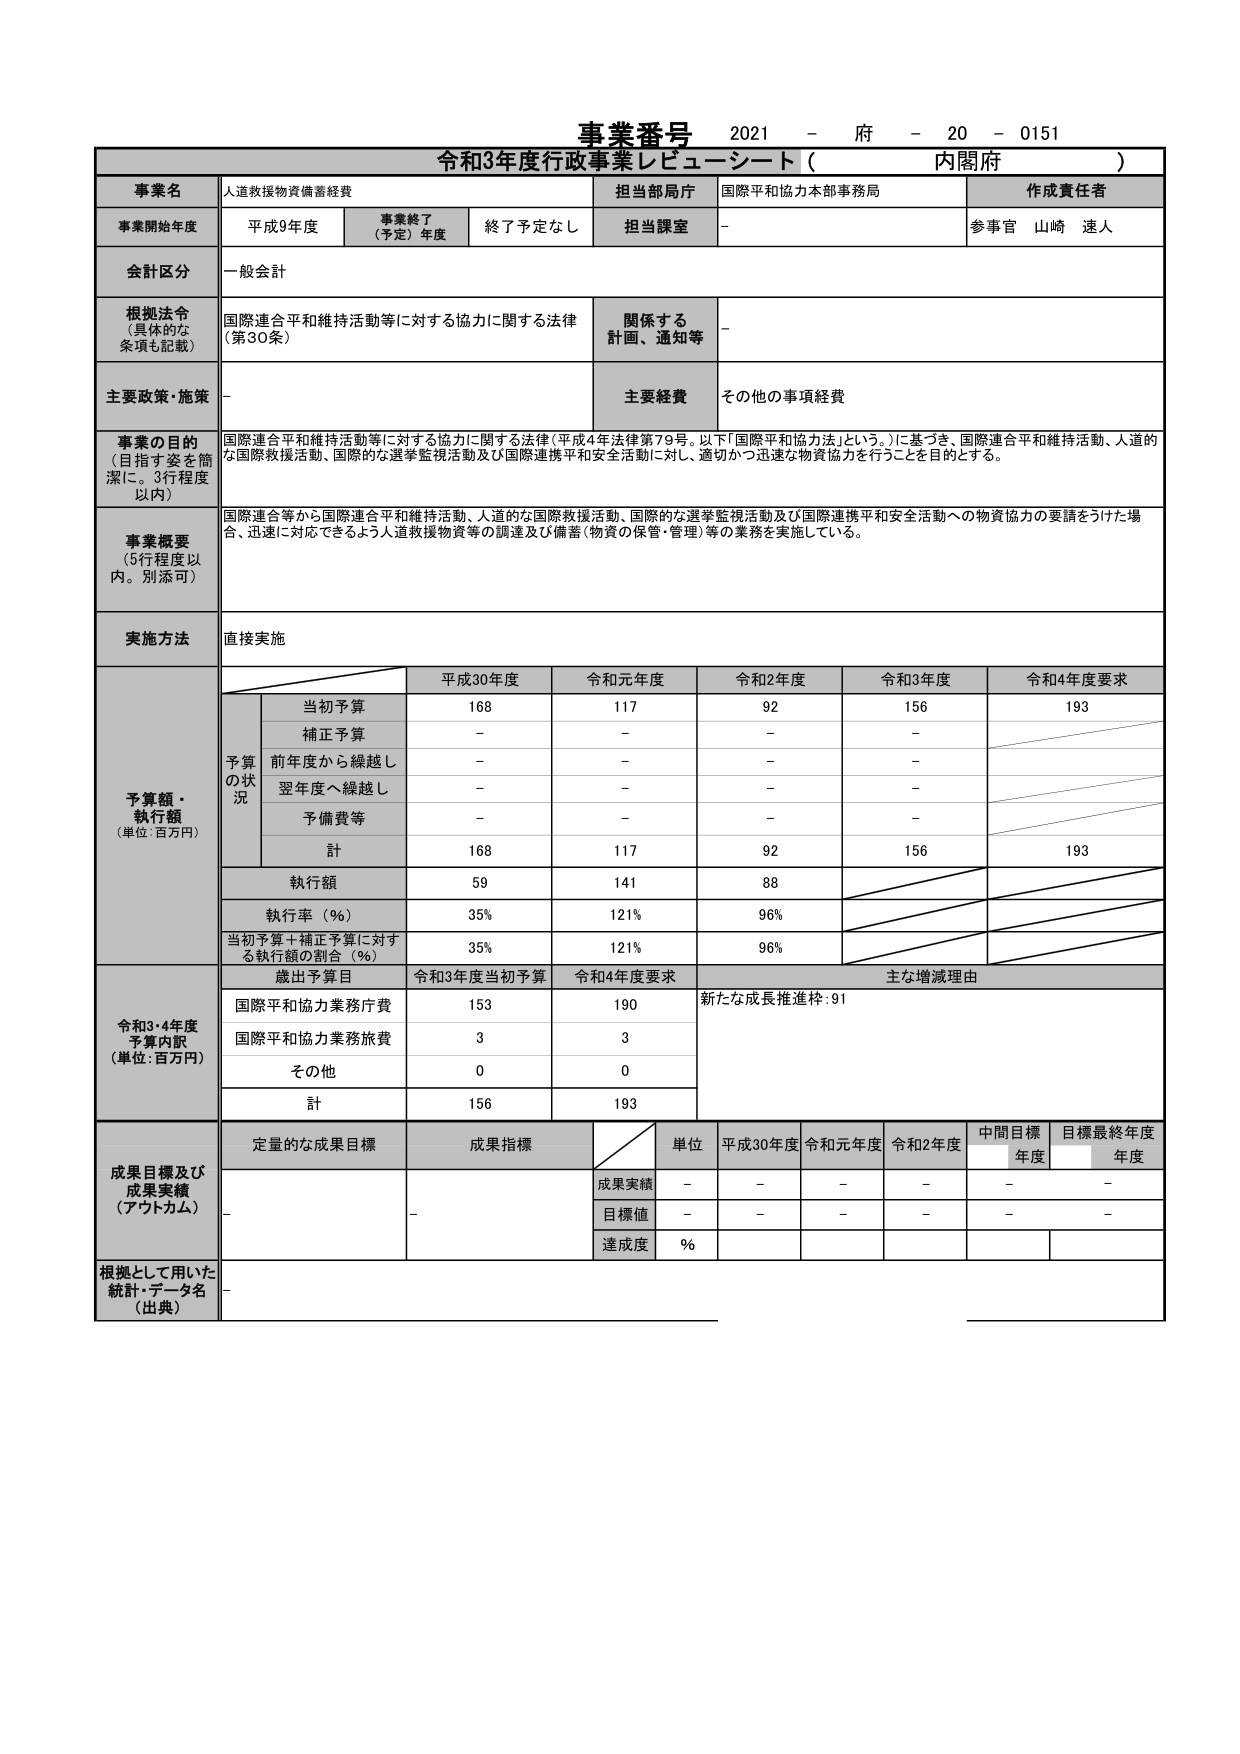
事業番号 2021 - 府 - 20 - 0151
令和3年度行政事業レビューーシート（ 内閣府 ）

事業名 人道救援物資備蓄経費
担当部局庁 国際平和協力本部事務局
作成責任者 参事官 山崎 速人

事業開始年度 平成9年度
事業終了（予定）年度 終了予定なし
担当課室 -

会計区分 一般会計

根拠法令（具体的な条項も記載） 国際連合平和維持活動等に対する協力に関する法律（第30条）
関係する計画、通知等 -

主要政策・施策 -
主要経費 その他の事項経費

事業の目的（目指す姿を簡潔に。3行程度以内）
国際連合平和維持活動等に対する協力に関する法律（平成4年法律第79号。以下「国際平和協力法」という。）に基づき、国際連合平和維持活動、人道的な国際救援活動、国際的な選挙監視活動及び国際連携平和安全活動に対し、適切かつ迅速な物資協力を行うことを目的とする。

事業概要（5行程度以内。別添可）
国際連合等から国際連合平和維持活動、人道的な国際救援活動、国際的な選挙監視活動及び国際連携平和安全活動への物資協力の要請をうけた場合、迅速に対応できるよう人道救援物資等の調達及び備蓄（物資の保管・管理）等の業務を実施している。

実施方法 直接実施

予算額・執行額（単位：百万円）
平成30年度 令和元年度 令和2年度 令和3年度 令和4年度要求
当初予算 168 117 92 156 193
補正予算 - - - -
前年度から繰越し - - - -
翌年度へ繰越し - - - -
予備費等 - - - -
計 168 117 92 156 193
執行額 59 141 88
執行率（％） 35% 121% 96%
当初予算＋補正予算に対する執行額の割合（％） 35% 121% 96%

令和3・4年度予算内訳（単位：百万円）
歳出予算目 令和3年度当初予算 令和4年度要求 主な増減理由
国際平和協力業務庁費 153 190 新たな成長推進枠：91
国際平和協力業務旅費 3 3
その他 0 0
計 156 193

成果目標及び成果実績（アウトカム）
定量的な成果目標 成果指標 単位 平成30年度 令和元年度 令和2年度 中間目標年度 目標最終年度
成果実績 - - - - -
目標値 - - - - -
達成度 %

根拠として用いた統計・データ名（出典） -